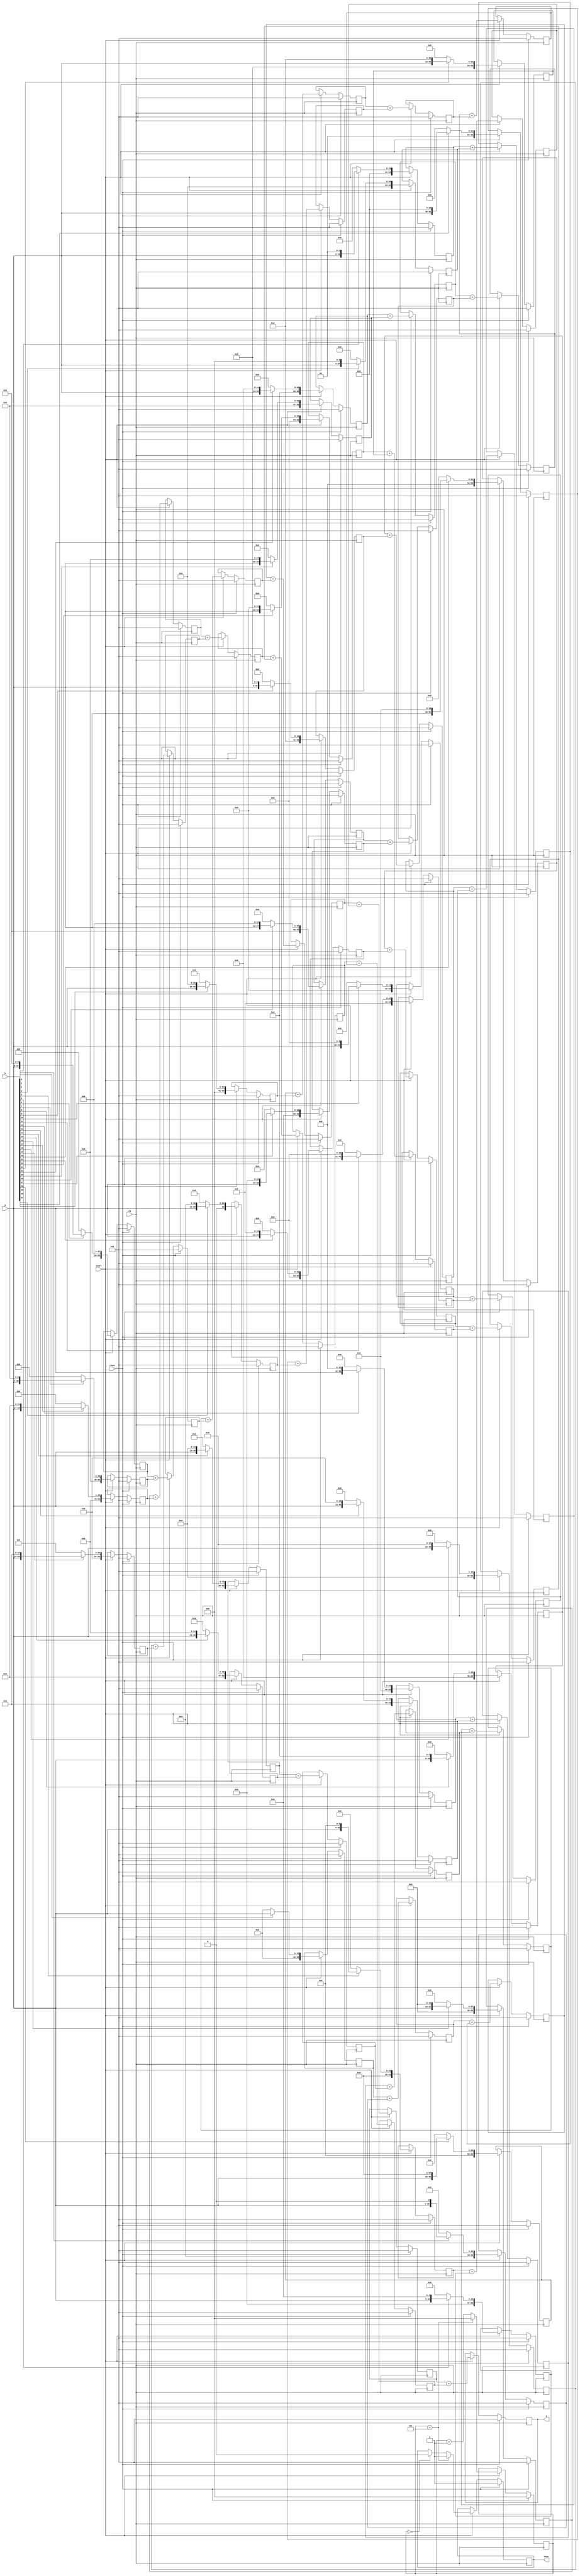
`timescale 1ns / 1ps
module MULTU (
    input clk,
    input reset,
    input [31:0] a,
    input [31:0] b,
    input start,
    output [63:0] z,
    output done
    
);

reg [63:0] stored0=0;
reg [63:0] stored1=0;
reg [63:0] stored2=0;
reg [63:0] stored3=0;
reg [63:0] stored4=0;
reg [63:0] stored5=0;
reg [63:0] stored6=0;
reg [63:0] stored7=0;
reg [63:0] stored8=0;
reg [63:0] stored9=0;
reg [63:0] stored10=0;
reg [63:0] stored11=0;
reg [63:0] stored12=0;
reg [63:0] stored13=0;
reg [63:0] stored14=0;
reg [63:0] stored15=0;
reg [63:0] stored16=0;
reg [63:0] stored17=0;
reg [63:0] stored18=0;
reg [63:0] stored19=0;
reg [63:0] stored20=0;
reg [63:0] stored21=0;
reg [63:0] stored22=0;
reg [63:0] stored23=0;
reg [63:0] stored24=0;
reg [63:0] stored25=0;
reg [63:0] stored26=0;
reg [63:0] stored27=0;
reg [63:0] stored28=0;
reg [63:0] stored29=0;
reg [63:0] stored30=0;
reg [63:0] stored31=0;


// 5- level addition 
reg [63:0] add0_1=0;
reg [63:0] add2_3=0;
reg [63:0] add4_5=0;
reg [63:0] add6_7=0;
reg [63:0] add8_9=0;
reg [63:0] add10_11=0;
reg [63:0] add12_13=0;
reg [63:0] add14_15=0;
reg [63:0] add16_17=0;
reg [63:0] add18_19=0;
reg [63:0] add20_21=0;
reg [63:0] add22_23=0;
reg [63:0] add24_25=0;
reg [63:0] add26_27=0;
reg [63:0] add28_29=0;
reg [63:0] add30_31=0;

//4-level addition
reg [63:0] add0_3=0;
reg [63:0] add4_7=0;
reg [63:0] add8_11=0;
reg [63:0] add12_15=0;
reg [63:0] add16_19=0;
reg [63:0] add20_23=0;
reg [63:0] add24_27=0;
reg [63:0] add28_31=0;

//3-level addition
reg [63:0] add0_7=0;
reg [63:0] add8_15=0;
reg [63:0] add16_23=0;
reg [63:0] add24_31=0;

// 2-level addtion
reg [63:0] add0_15=0;
reg [63:0] add16_31=0;

reg [63:0] res=0;

assign z=res;

reg [2:0] counter=0;
reg done_=1'b1;

assign done=done_;

always @(negedge clk) 
begin
    if(reset)
    begin
      stored0<=0;
      stored1<=0;
      stored2<=0;
      stored3<=0;
      stored4<=0;
      stored5<=0;
      stored6<=0;
      stored7<=0;
      stored8<=0;
      stored9<=0;
      stored10<=0;
      stored11<=0;
      stored12<=0;
      stored13<=0;
      stored14<=0;
      stored15<=0;
      stored16<=0;
      stored17<=0;
      stored18<=0;
      stored19<=0;
      stored20<=0;
      stored21<=0;
      stored22<=0;
      stored23<=0;
      stored24<=0;
      stored25<=0;
      stored26<=0;
      stored27<=0;
      stored28<=0;
      stored29<=0;
      stored30<=0;
      stored31<=0;

      add0_1<=0;
      add2_3<=0;
      add4_5<=0;
      add6_7<=0;
      add8_9<=0;
      add10_11<=0;
      add12_13<=0;
      add14_15<=0;
      add16_17<=0;
      add18_19<=0;
      add20_21<=0;
      add22_23<=0;
      add24_25<=0;
      add26_27<=0;
      add28_29<=0;
      add30_31<=0;

      add0_3<=0;
      add4_7<=0;
      add8_11<=0;
      add12_15<=0;
      add16_19<=0;
      add20_23<=0;
      add24_27<=0;
      add28_31<=0;

      add0_7<=0;
      add8_15<=0;
      add16_23<=0;
      add24_31<=0;

      add0_15<=0;
      add16_31<=0;
      res<=0;
      counter<=0;
      done_<=1'b1;

    end    
    else if(start)
    begin
      if(counter==3'b000)
        done_<=1'b0;
      counter<=counter+1;
      stored0<=b[0]?{32'b0,a}:64'b0;
      stored1<=b[1]?{31'b0,a,1'b0}:64'b0;
      stored2<=b[2]?{30'b0,a,2'b0}:64'b0;
      stored3<=b[3]?{29'b0,a,3'b0}:64'b0;
      stored4<=b[4]?{28'b0,a,4'b0}:64'b0;
      stored5<=b[5]?{27'b0,a,5'b0}:64'b0;
      stored6<=b[6]?{26'b0,a,6'b0}:64'b0;
      stored7<=b[7]?{25'b0,a,7'b0}:64'b0;
      stored8<=b[8]?{24'b0,a,8'b0}:64'b0;
      stored9<=b[9]?{23'b0,a,9'b0}:64'b0;
      stored10<=b[10]?{22'b0,a,10'b0}:64'b0;
      stored11<=b[11]?{21'b0,a,11'b0}:64'b0;
      stored12<=b[12]?{20'b0,a,12'b0}:64'b0;
      stored13<=b[13]?{19'b0,a,13'b0}:64'b0;
      stored14<=b[14]?{18'b0,a,14'b0}:64'b0;
      stored15<=b[15]?{17'b0,a,15'b0}:64'b0;
      stored16<=b[16]?{16'b0,a,16'b0}:64'b0;
      stored17<=b[17]?{15'b0,a,17'b0}:64'b0;
      stored18<=b[18]?{14'b0,a,18'b0}:64'b0;
      stored19<=b[19]?{13'b0,a,19'b0}:64'b0;
      stored20<=b[20]?{12'b0,a,20'b0}:64'b0;
      stored21<=b[21]?{11'b0,a,21'b0}:64'b0;
      stored22<=b[22]?{10'b0,a,22'b0}:64'b0;
      stored23<=b[23]?{9'b0,a,23'b0}:64'b0;
      stored24<=b[24]?{8'b0,a,24'b0}:64'b0;
      stored25<=b[25]?{7'b0,a,25'b0}:64'b0;
      stored26<=b[26]?{6'b0,a,26'b0}:64'b0;
      stored27<=b[27]?{5'b0,a,27'b0}:64'b0;
      stored28<=b[28]?{4'b0,a,28'b0}:64'b0;
      stored29<=b[29]?{3'b0,a,29'b0}:64'b0;
      stored30<=b[30]?{2'b0,a,30'b0}:64'b0;
      stored31<=b[31]?{1'b0,a,31'b0}:64'b0;

      add0_1<=stored0+stored1;
      add2_3<=stored2+stored3;
      add4_5<=stored4+stored5;
      add6_7<=stored6+stored7;
      add8_9<=stored8+stored9;
      add10_11<=stored10+stored11;
      add12_13<=stored12+stored13;
      add14_15<=stored14+stored15;
      add16_17<=stored16+stored17;
      add18_19<=stored18+stored19;
      add20_21<=stored20+stored21;
      add22_23<=stored22+stored23;
      add24_25<=stored24+stored25;
      add26_27<=stored26+stored27;
      add28_29<=stored28+stored29;
      add30_31<=stored30+stored31;

      add0_3<=add0_1+add2_3;
      add4_7<=add4_5+add6_7;
      add8_11<=add8_9+add10_11;
      add12_15<=add12_13+add14_15;
      add16_19<=add16_17+add18_19;
      add20_23<=add20_21+add22_23;
      add24_27<=add24_25+add26_27;
      add28_31<=add28_29+add30_31;

      add0_7<=add0_3+add4_7;
      add8_15<=add8_11+add12_15;
      add16_23<=add16_19+add20_23;
      add24_31<=add24_27+add28_31;

      add0_15<=add0_7+add8_15;
      add16_31<=add16_23+add24_31;

      res<=add0_15+add16_31;

      if(counter==3'b111)
      begin
        done_<=1'b1;
        counter<=0;
      end

    end
end




endmodule //MULTU